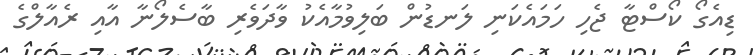
ޑިއެގޯ ކޯސްޓާ ޖެހި ހަމައެކަނި ލަނޑުން ބަލިވުމާއެކު ވާދަވެރި ބާސެލޯނާ އާއި ރެއާލްގެ